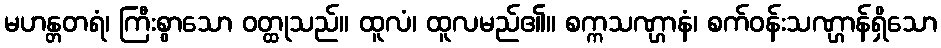
မဟန္တတရံ၊ ကြီးစွာသော ဝတ္ထုသည်။ ထူလံ၊ ထူလမည်၏။ စက္ကသဏ္ဌာနံ၊ စက်ဝန်းသဏ္ဌာန်ရှိသော